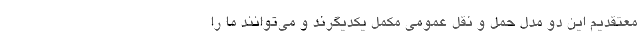
معتقدیم این دو مدل حمل و نقل عمومی مکمل یکدیگرند و می‌توانند ما را